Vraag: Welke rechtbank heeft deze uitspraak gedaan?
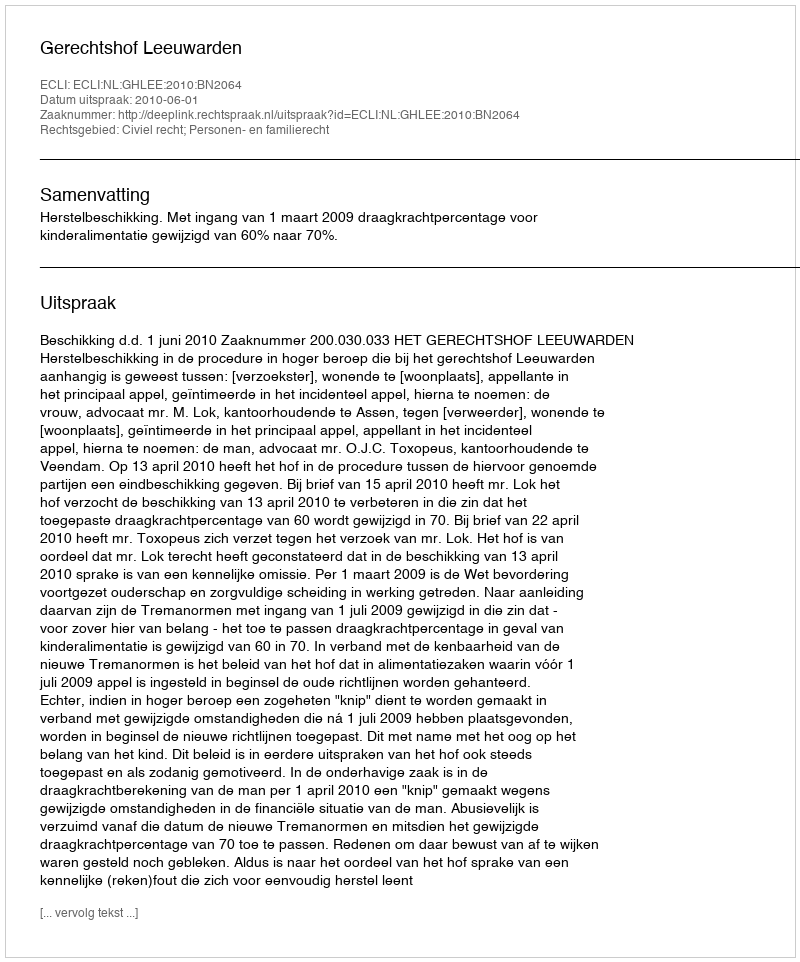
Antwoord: Gerechtshof Leeuwarden